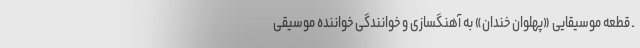
ـ قطعه موسیقایی «پهلوان خندان» به آهنگسازی و خوانندگی خواننده موسیقی